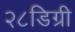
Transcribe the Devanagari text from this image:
२८डिग्री